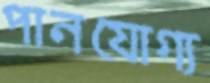
পানযোগ্য